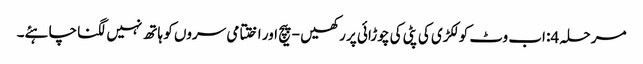
مرحلہ 4: اب وٹ کو لکڑی کی پٹی کی چوڑائی پر رکھیں - پیچ اور اختتامی سروں کو ہاتھ نہیں لگنا چاہئے۔